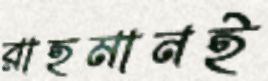
রাহমানই